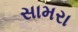
સામરા